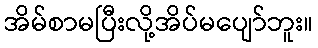
အိမ်စာမပြီးလို့အိပ်မပျော်ဘူး။